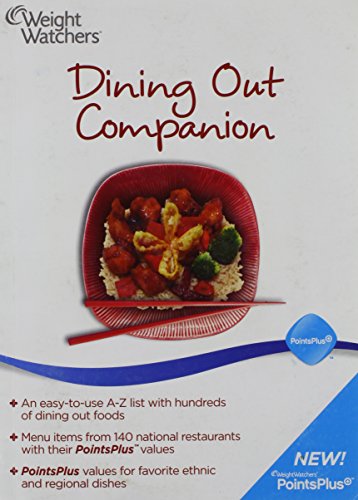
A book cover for Weight Watchers NEW 2011 Points Plus Dining Out Companion (Dining out ONLY); Health, Fitness & Dieting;